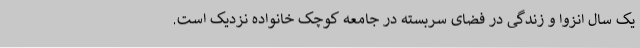
یک سال انزوا و زندگی در فضای سربسته در جامعه کوچک خانواده نزدیک است.